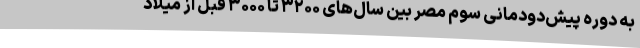
به دوره پیش‌دودمانی سوم مصر بین سال‌های ۳۲۰۰ تا ۳۰۰۰ قبل از میلاد